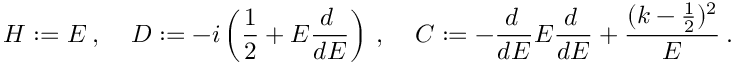
H : = E \: , \: \: \: \: \: D : = - i \left( \frac { 1 } { 2 } + E \frac { d \: } { d E } \right) \: , \: \: \: \: \: C : = - \frac { d \: } { d E } E \frac { d \: } { d E } + \frac { ( k - \frac { 1 } { 2 } ) ^ { 2 } } { E } \: .